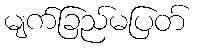
မျက်ခြည်မပြတ်